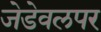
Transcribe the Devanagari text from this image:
जेडेवलपर